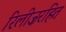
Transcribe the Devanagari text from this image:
रिलीज़रहित